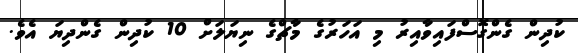
ކުދިން ގެންގޮސްފައިވާއިރު މި އަހަރުގެ މާޗްގެ ނިޔަލަށް 10 ކުދިން ގެންދިޔަ އެވެ.